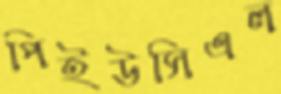
পিইউসিএল